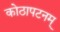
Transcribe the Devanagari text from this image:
कोठापटनम्